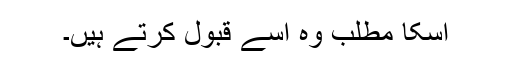
اسکا مطلب وہ اسے قبول کرتے ہیں۔